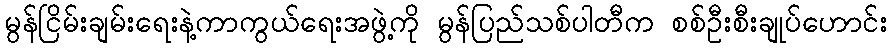
မွန်ငြိမ်းချမ်းရေးနဲ့ကာကွယ်ရေးအဖွဲ့ကို မွန်ပြည်သစ်ပါတီက စစ်ဦးစီးချုပ်ဟောင်း